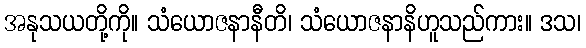
အနုသယတို့ကို။ သံယောဇနာနီတိ၊ သံယောဇနာနိဟူသည်ကား။ ဒသ၊